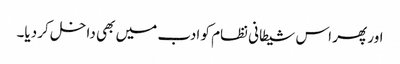
اور پھر اس شیطانی نظام کو ادب میں بھی داخل کر دیا۔